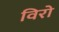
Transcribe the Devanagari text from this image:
विरो